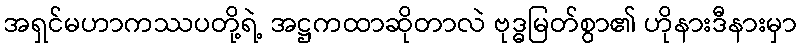
အရှင်မဟာကဿပတို့ရဲ့ အဋ္ဌကထာဆိုတာလဲ ဗုဒ္ဓမြတ်စွာ၏ ဟိုနားဒီနားမှာ